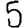
Digit: 5